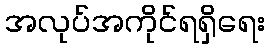
အလုပ်အကိုင်ရရှိရေး